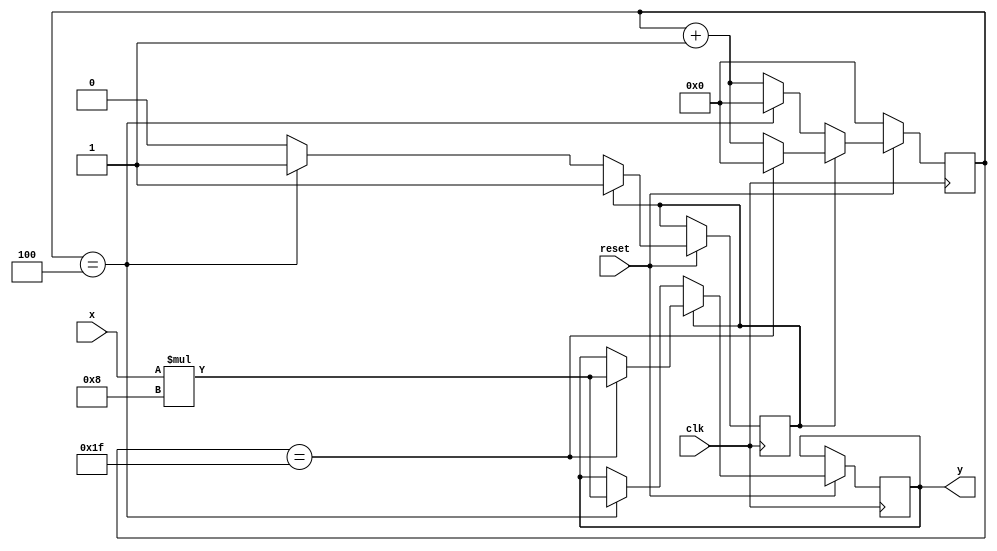
`timescale 1ns / 1ps
//////////////////////////////////////////////////////////////////////////////////
// Company: 
// Engineer: 
// 
// Design Name: 
// Module Name:    downsample 
// Project Name: 
// Target Devices: 
// Tool versions: 
// Description: 
//
// Dependencies: 
//
// Revision: 
// Revision 0.01 - File Created
// Additional Comments: 
//
//////////////////////////////////////////////////////////////////////////////////
module downsample(clk,reset,x,y);
input clk;
input reset;
input signed[15:0]x;
output reg signed[15:0]y;
reg [5:0]cnt;
parameter sample_num1=4;
parameter sample_num2=31;
reg start_flag=0;
always @(posedge clk) begin
  if(!reset) 
	  begin
	     cnt<=0;
	  end
  else
     begin
	     if(start_flag==0)
		    begin
			    cnt<=cnt+1;
				 if(cnt==sample_num1)
		          begin
			       cnt<=0;
				    y<=(x*8);
					 start_flag<=1;
			       end
		    end
			else
			  begin
			     cnt<=cnt+1;
		        if(cnt==sample_num2)
		          begin
			       cnt<=0;
				    y<=(x*8);
			       end
			  end
	     
     end
end


endmodule